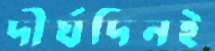
দীর্ঘদিনই